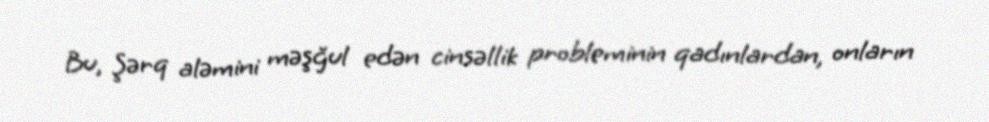
Bu, Şərq aləmini məşğul edən cinsəllik probleminin qadınlardan, onların